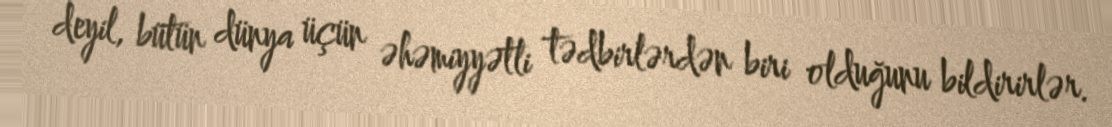
deyil, bütün dünya üçün əhəmiyyətli tədbirlərdən biri olduğunu bildirirlər.